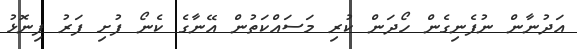
އަދުނާން ނުފެނިގެން ހޯދަން ކުރި މަސައްކަތުން އޭނާގެ ކެނޯ ފުށި ފަރު ފިނޮޅު